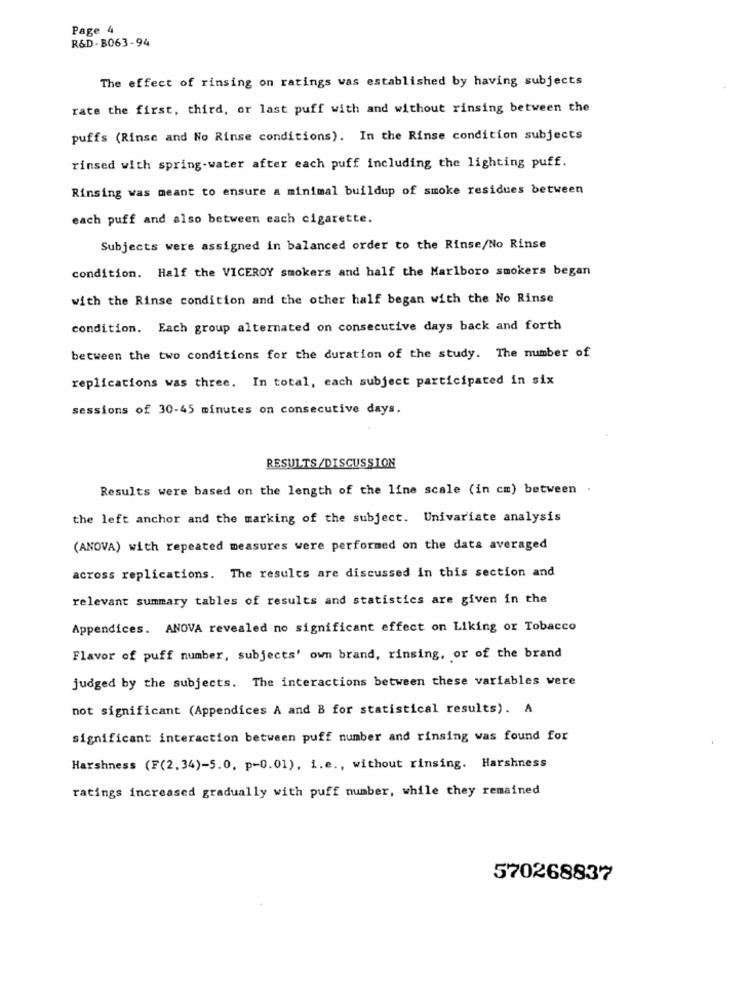
Page 4
R&D-B063-94
The effect of rinsing on ratings was established by having subjects
rate the first, third, or last puff with and without rinsing between the
puffs (Rinse and No Rinse conditions). In the Rinse condition subjects
rinsed with spring-water after each puff including the lighting puff.
Rinsing was meant to ensure a minimal buildup of smoke residues between
each puff and also between each cigarette.
Subjects were assigned in balanced order to the Rinse/No Rinse
condition. Half the VICEROY smokers and half the Marlboro smokers began
with the Rinse condition and the other half began with the No Rinse
condition. Each group alternated on consecutive days back and forth
between the two conditions for the duration of the study. The number of
replications was three. In total, each subject participated in six
sessions of 30-45 minutes on consecutive days.
RESULTS/DISCUSSION
Results were based on the length of the line scale (in cm) between .
the left anchor and the marking of the subject. Univariate analysis
(ANOVA) with repeated measures were performed on the data averaged
across replications. The results are discussed in this section and
relevant summary tables of results and statistics are given in the
Appendices. ANOVA revealed no significant effect on Liking or Tobacco
Flavor of puff number, subjects' own brand, rinsing, or of the brand
judged by the subjects. The interactions between these variables were
not significant (Appendices A and B for statistical results). A
significant interaction between puff number and rinsing was found for
Harshness (F(2.34)-5.0, p-0.01), i.e ., without rinsing. Harshness
ratings increased gradually with puff number, while they remained
570268837